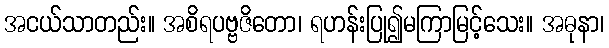
အငယ်သာတည်း။ အစိရပဗ္ဗဇိတော၊ ရဟန်းပြု၍မကြာမြင့်သေး။ အဓုနာ၊